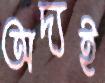
অদ্যই